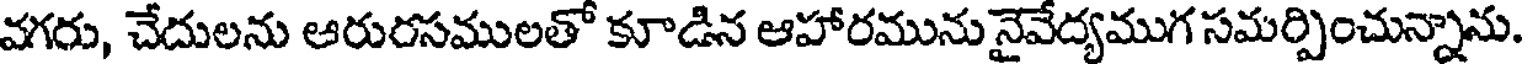
వగరు, చేదులను ఆరురసములతో కూడిన ఆహారమును నైవేద్యముగ సమర్పించున్నాను.